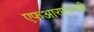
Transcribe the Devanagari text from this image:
एफ़आरएएनडी